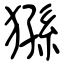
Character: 猻